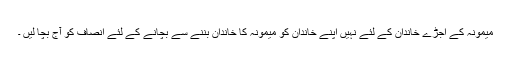
میمونہ کے اجڑے خاندان کے لئے نہیں اپنے خاندان کو میمونہ کا خاندان بننے سے بچانے کے لئے انصاف کو آج بچا لیں ۔